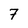
Character: 7